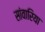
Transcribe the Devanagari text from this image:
सांवारिया